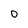
Character: 0